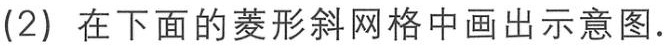
(2) 在下面的菱形斜网格中画出示意图.